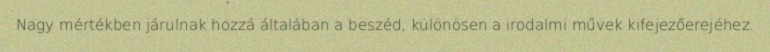
Nagy mértékben járulnak hozzá általában a beszéd, különösen a irodalmi művek kifejezőerejéhez.